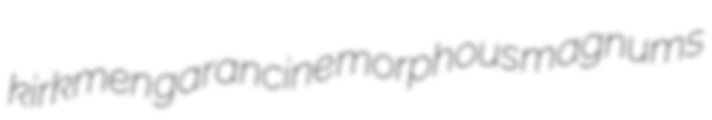
kirkmen garancine morphous magnums